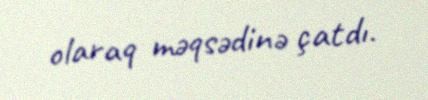
olaraq məqsədinə çatdı.